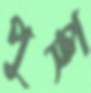
পুস্প